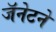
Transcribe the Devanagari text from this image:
जॅनेटने